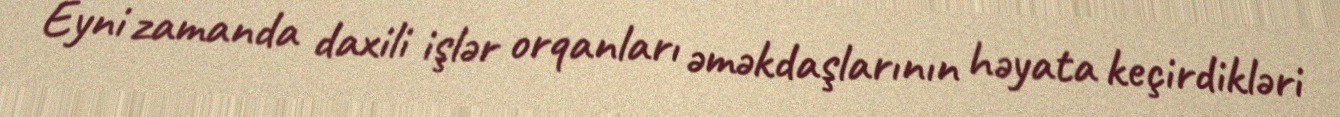
Eyni zamanda daxili işlər orqanları əməkdaşlarının həyata keçirdikləri